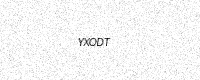
Text: YXODT